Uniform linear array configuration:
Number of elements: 16
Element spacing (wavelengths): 0.75
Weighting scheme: hann
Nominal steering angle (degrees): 15
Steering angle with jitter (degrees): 13.73
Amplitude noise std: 0.05
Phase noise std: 0.05

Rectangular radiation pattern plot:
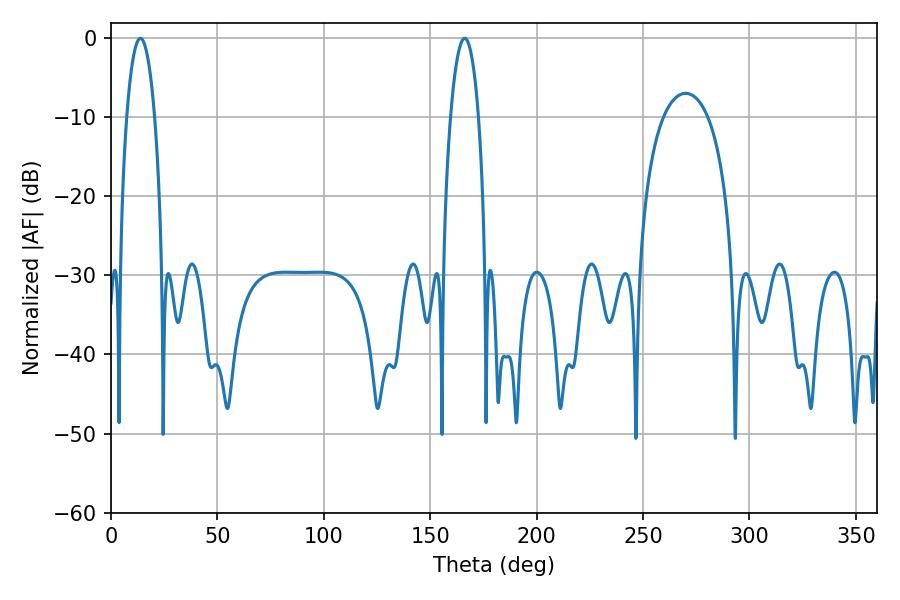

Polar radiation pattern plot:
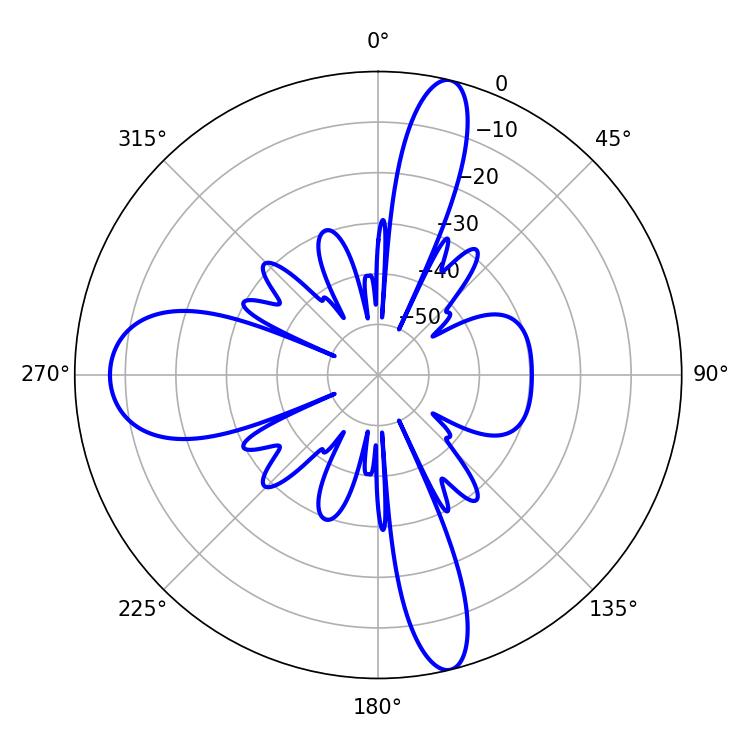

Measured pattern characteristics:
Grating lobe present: TRUE
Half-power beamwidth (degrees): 7.2
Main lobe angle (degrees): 13.86